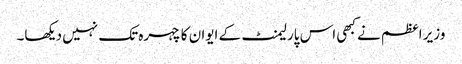
وزیر اعظم نے کبھی اس پارلیمنٹ کے ایوان کا چہرہ تک نہیں دیکھا۔